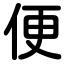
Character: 便